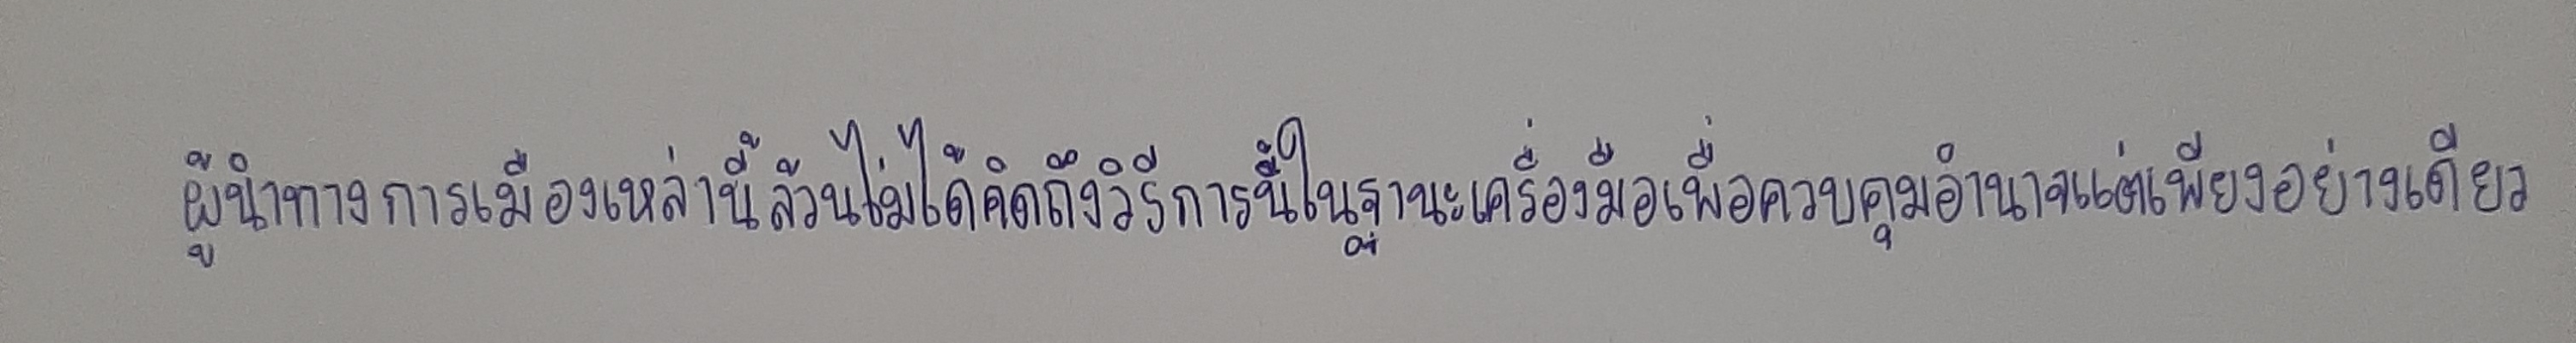
ผู้นำทางการเมืองเหล่านี้ล้วนไม่ได้คิดถึงวิธีการนี้ในฐานะเครื่องมือเพื่อควบคุมอำนาจแต่เพียงอย่างเดียว